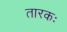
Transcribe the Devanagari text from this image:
तारकः